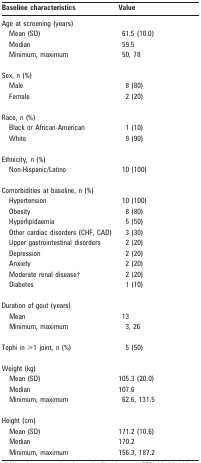
| Baseline characteristics | Value |
 | --- | --- |
 | Age at screening (years) |  |
 | Mean (SD) | 61.5 (10.0) |
 | Median | 59.5 |
 | Minimum, maximum | 50, 78 |
 | Sex, n (%) |  |
 | Male | 8 (80) |
 | Female | 2 (20) |
 | Race, n (%) |  |
 | Black or African-American | 1 (10) |
 | White | 9 (90) |
 | Ethnicity, n (%) |  |
 | Non-Hispanic/Latino | 10 (100) |
 | Comorbidities at baseline, n (%) |  |
 | Hypertension | 10 (100) |
 | Obesity | 8 (80) |
 | Hyperlipidaemia | 5 (50) |
 | Other cardiac disorders (CHF, CAD) | 3 (30) |
 | Upper gastrointestinal disorders | 2 (20) |
 | Depression | 2 (20) |
 | Anxiety | 2 (20) |
 | Moderate renal disease† | 2 (20) |
 | Diabetes | 1 (10) |
 | Duration of gout (years) |  |
 | Mean | 13 |
 | Minimum, maximum | 3, 26 |
 | Tophi in ⩾1 joint, n (%) | 5 (50) |
 | Weight (kg) |  |
 | Mean (SD) | 105.3 (20.0) |
 | Median | 107.6 |
 | Minimum, maximum | 62.6, 131.5 |
 | Height (cm) |  |
 | Mean (SD) | 171.2 (10.6) |
 | Median | 170.2 |
 | Minimum, maximum | 156.3, 187.2 |